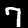
Label: 7